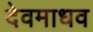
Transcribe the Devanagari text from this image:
देवमाधव